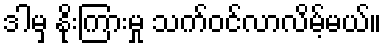
ဒါမှ နိုးကြားမှု သက်ဝင်လာလိမ့်မယ်။